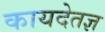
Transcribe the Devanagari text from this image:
कायदेतज्ञ